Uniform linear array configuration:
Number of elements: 4
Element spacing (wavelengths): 0.5
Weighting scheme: exponential
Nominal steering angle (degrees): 45
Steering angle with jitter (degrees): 43.524
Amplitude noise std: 0.05
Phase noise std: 0.05

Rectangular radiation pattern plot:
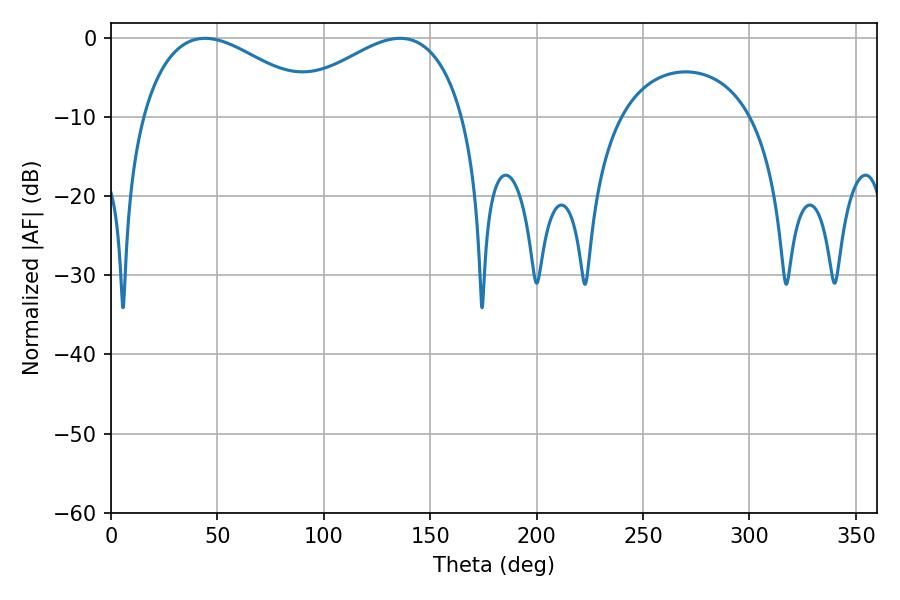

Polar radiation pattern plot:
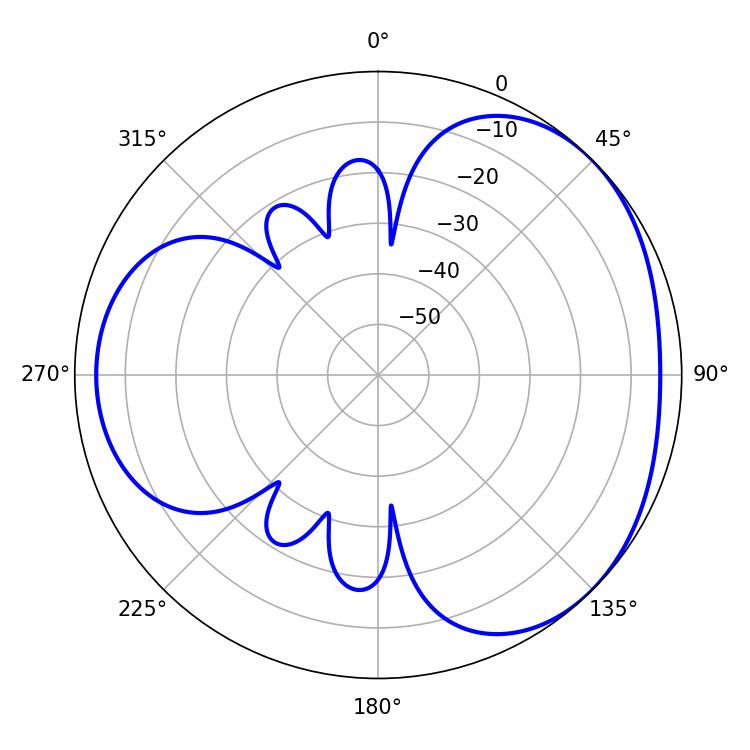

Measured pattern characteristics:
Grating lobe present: FALSE
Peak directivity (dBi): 3.279
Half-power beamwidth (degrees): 46.44
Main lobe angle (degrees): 44.1